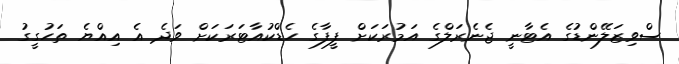
ސްވިޒަލޭންޑުގެ އެޓާނީ ޖެނެރަލްގެ އަމުރަކަށް ފީފާގެ ހެޑްކުއާޓަރަކަށް ވަދެ އެ އިއްޔެ ތަހުގީގު